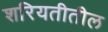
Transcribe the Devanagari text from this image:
शरियतीतील